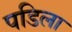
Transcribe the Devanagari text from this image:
पडिला